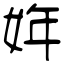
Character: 姩